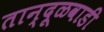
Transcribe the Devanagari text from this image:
तान्दूळवाडी